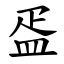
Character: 㿿